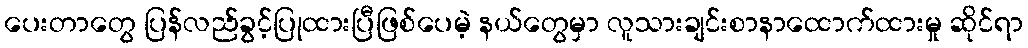
ပေးတာတွေ ပြန်လည်ခွင့်ပြုထားပြီဖြစ်ပေမဲ့ နယ်တွေမှာ လူသားချင်းစာနာထောက်ထားမှု ဆိုင်ရာ